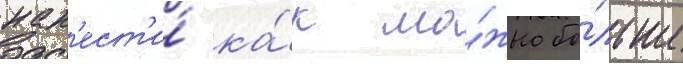
нан'ест'и́ ка́к мо́жно бо́льше